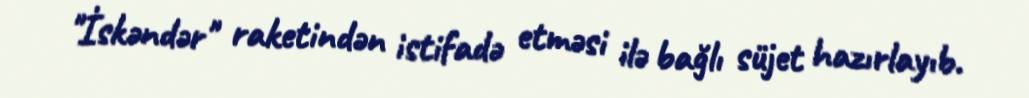
"İskəndər" raketindən istifadə etməsi ilə bağlı süjet hazırlayıb.